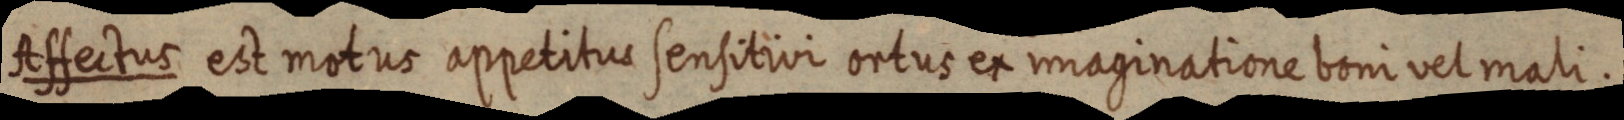
Affectus est motus appetitus sensitivi ortus ex imaginatione boni vel mali.